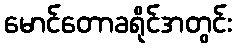
မောင်တောခရိုင်အတွင်း